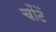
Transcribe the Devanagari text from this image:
चोंटें